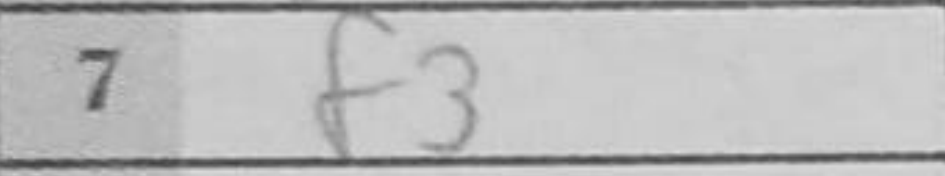
Transcription: f3